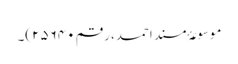
موسوعۂ مسند احمد، رقم ۲۵۶۴۰)۔